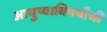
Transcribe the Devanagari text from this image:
आयुष्याविषयीची